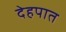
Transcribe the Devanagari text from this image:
देहपात